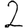
Digit: 2